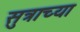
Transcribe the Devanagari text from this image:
सुत्राच्या